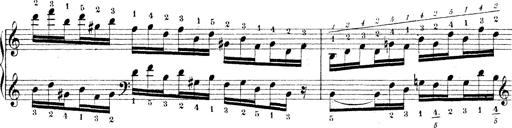
Title: Technische Studien
Composer: Franz Liszt